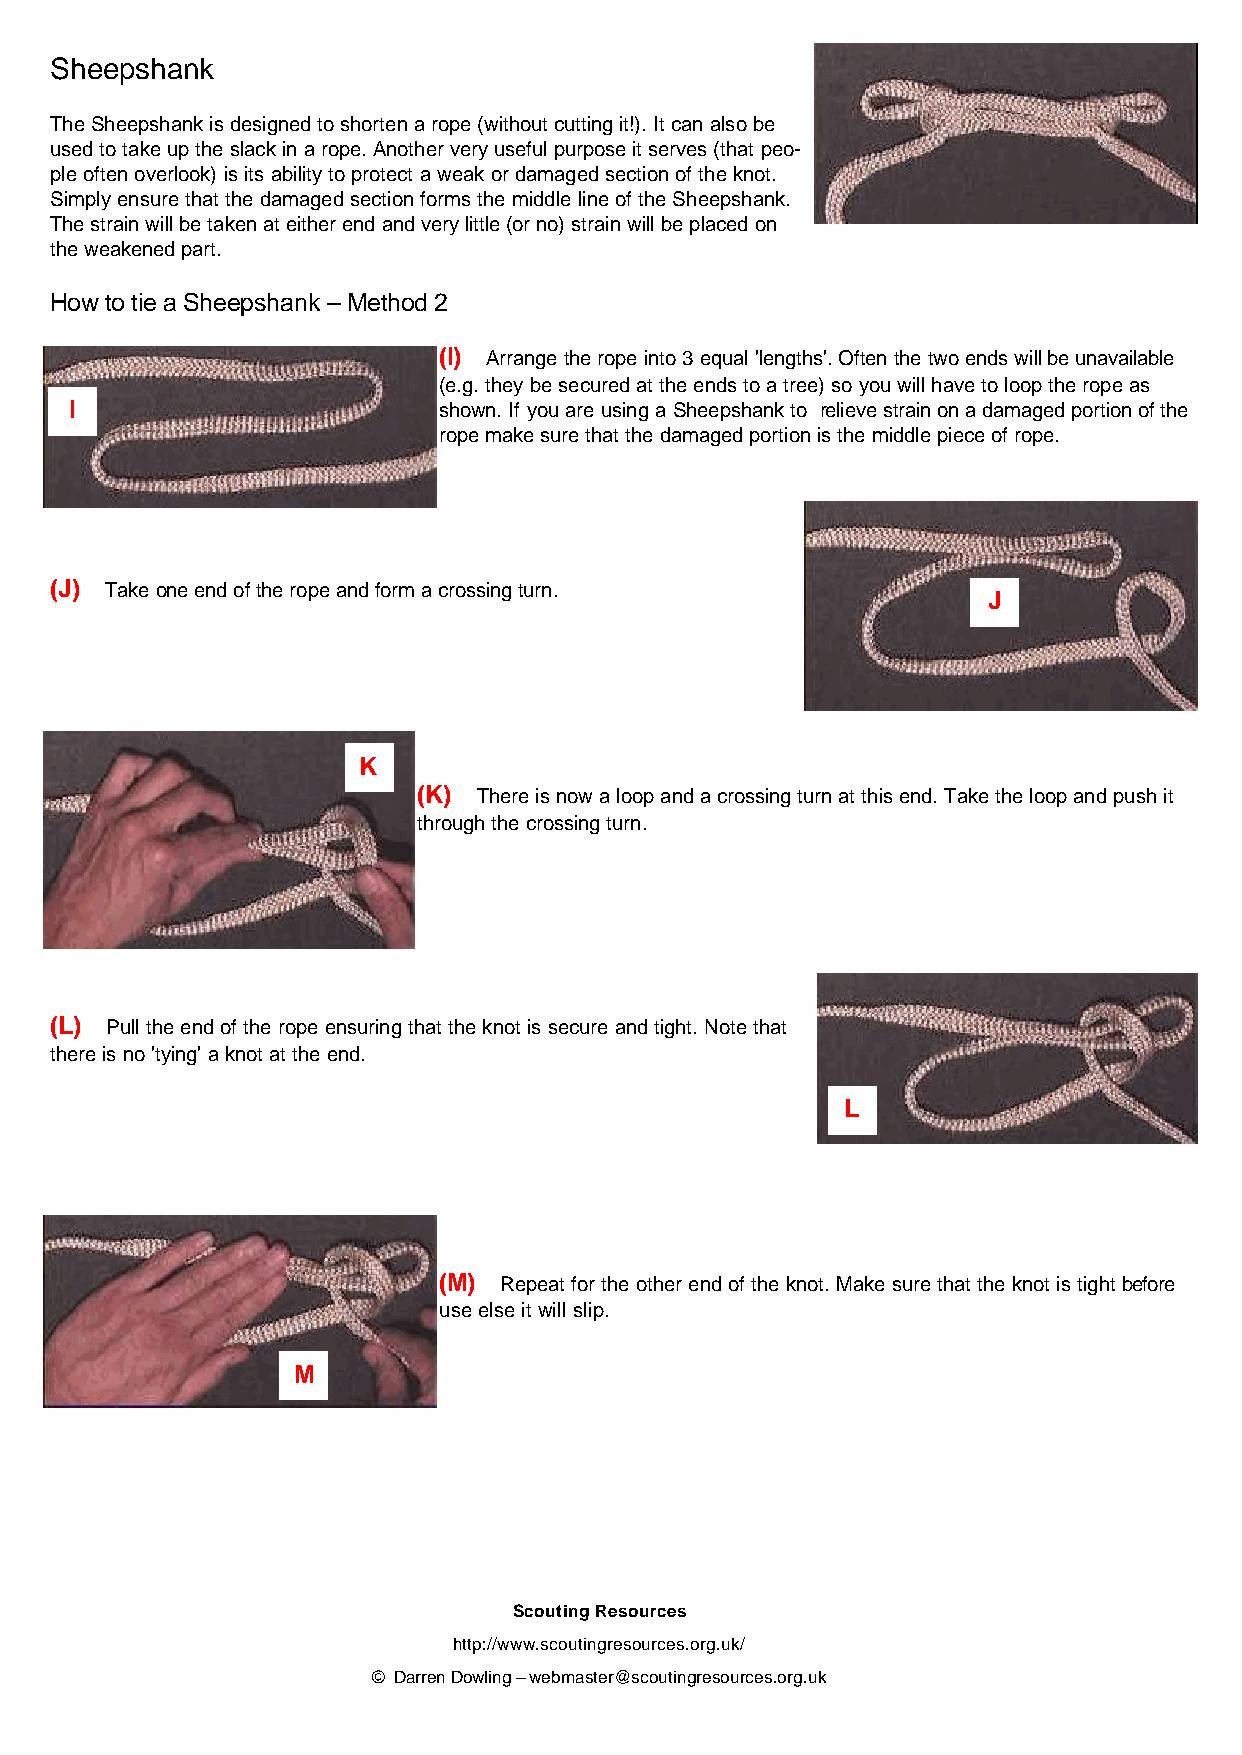
Sheepshank
 The Sheepshank is designed to shorten a rope (without cutting it!). It can also be
 used to take up the slack in a rope. Another very useful purpose it serves (that peo-
 ple often overlook) is its ability to protect a weak or damaged section of the knot.
 Simply ensure that the damaged section forms the middle line of the Sheepshank.
 The strain will be taken at either end and very little (or no) strain will be placed on
 the weakened part.
 How to tie a Sheepshank – Method 2
 (I) Arrange the rope into 3 equal 'lengths'. Often the two ends will be unavailable
 (e.g. they be secured at the ends to a tree) so you will have to loop the rope as
 I                       shown. If you are using a Sheepshank to relieve strain on a damaged portion of the
 rope make sure that the damaged portion is the middle piece of rope.
 (J) Take one end of the rope and form a crossing turn.
 J
 K
 (K) There is now a loop and a crossing turn at this end. Take the loop and push it
 through the crossing turn.
 (L) Pull the end of the rope ensuring that the knot is secure and tight. Note that
 there is no 'tying' a knot at the end.
 L
 (M) Repeat for the other end of the knot. Make sure that the knot is tight before
 use else it will slip.
 M
 Scouting Resources
 http://www.scoutingresources.org.uk/
 © Darren Dowling – webmaster@scoutingresources.org.uk